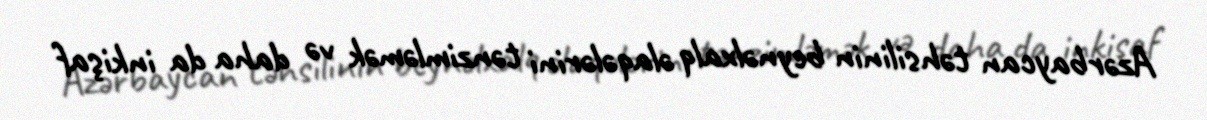
Azərbaycan təhsilinin beynəlxalq əlaqələrini tənzimləmək və daha da inkişaf